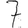
Digit: 7